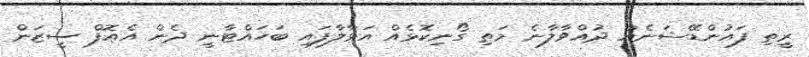
ރީތި ފައުންޑޭޝަނެއް ދުއްވާލާނެ މަތި ގޯނިކޮޅެއް އަޅާލާފައި ބަހައްޓާނީ ދެން އެއޮފް ސީޒަން